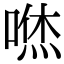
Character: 𠹎